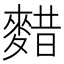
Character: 𱋃